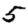
Digit: 5